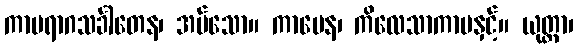
ကာမရာဂသင်္ခါတေန၊ အပ်သော။ ကာမေန၊ ကိလေသာကာမနှင့်။ ယုတ္တာ၊